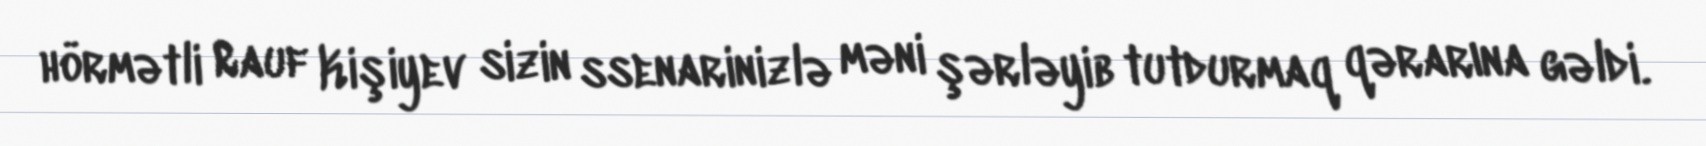
hörmətli Rauf Kişiyev sizin ssenarinizlə məni şərləyib tutdurmaq qərarına gəldi.